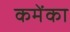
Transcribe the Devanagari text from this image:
कमेंका